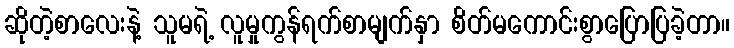
ဆိုတဲ့စာလေးနဲ့ သူမရဲ့ လူမှုကွန်ရက်စာမျက်နှာ စိတ်မကောင်းစွာပြောပြခဲ့တာ။